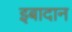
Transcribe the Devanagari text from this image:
इबादान